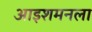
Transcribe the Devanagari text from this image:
आइशमनला